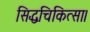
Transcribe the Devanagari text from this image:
सिद्धचिकित्सा।